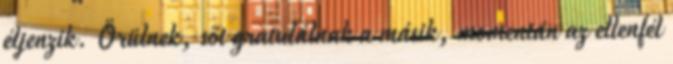
éljenzik. Örülnek, sőt gratulálnak a másik, momentán az ellenfél